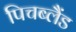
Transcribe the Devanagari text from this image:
पिचब्लैंड